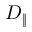
D _ { \| }